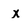
Character: X